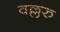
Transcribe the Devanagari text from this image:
वल्लरु